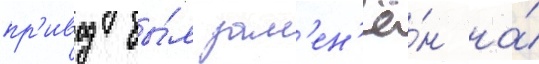
пр'ивод бы́л зам'ен'ё́н на́